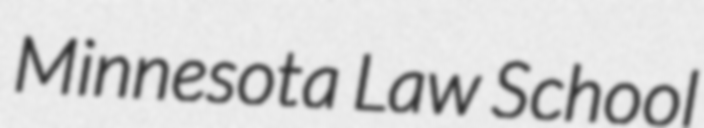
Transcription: Minnesota Law School